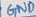
Text: GND